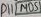
Text: D10